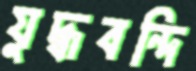
যুদ্ধবন্দি